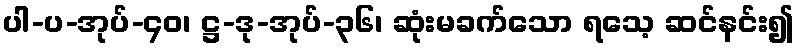
ပါ-ပ-အုပ်-၄၀၊ ဋ္ဌ-ဒု-အုပ်-၃၆၊ ဆုံးမခက်သော ရသေ့ ဆင်နင်း၍